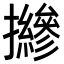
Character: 𢹨